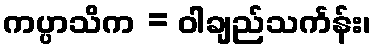
ကပ္ပာသိက = ဝါချည်သင်္ကန်း၊